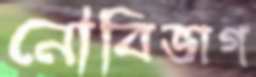
নৌবিভাগ